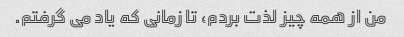
من از همه چیز لذت بردم، تا زمانی که یاد می گرفتم.